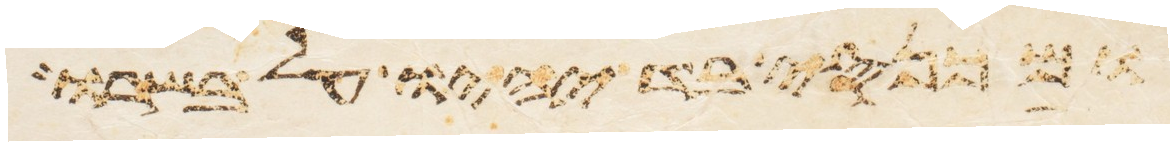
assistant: ומכנסי בד יהיו על בשרו